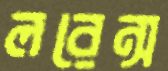
লরেন্স